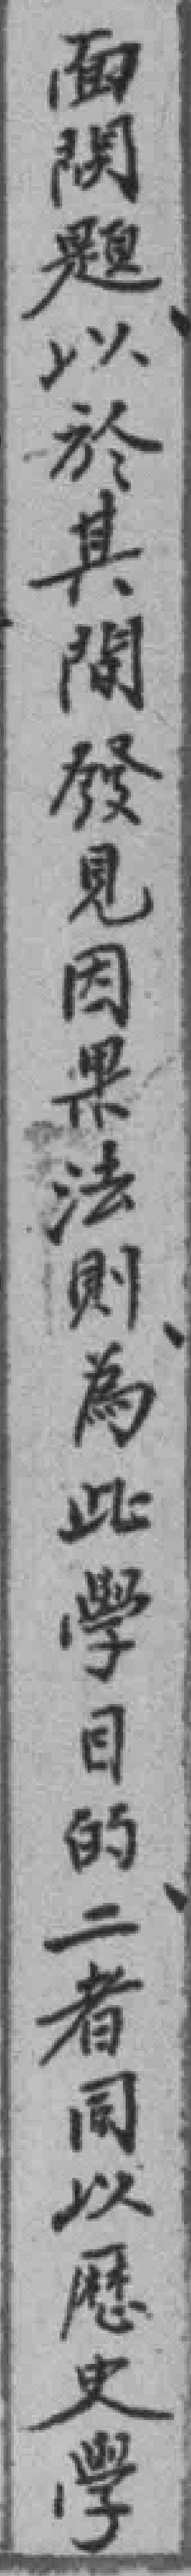
面問題以於其間發見因果法則為此學目的二者同以歷史學